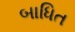
બાધિત